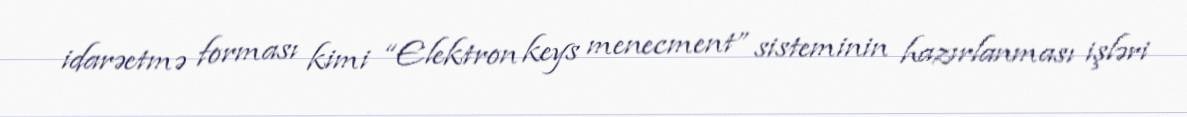
idarəetmə forması kimi “Elektron keys menecment” sisteminin hazırlanması işləri